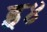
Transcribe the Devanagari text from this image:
इ४